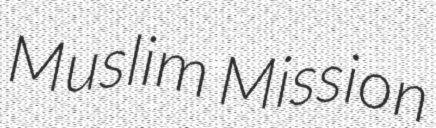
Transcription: Muslim Mission